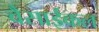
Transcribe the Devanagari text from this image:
वैसाईकल